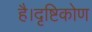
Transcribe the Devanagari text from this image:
है।दृष्टिकोण